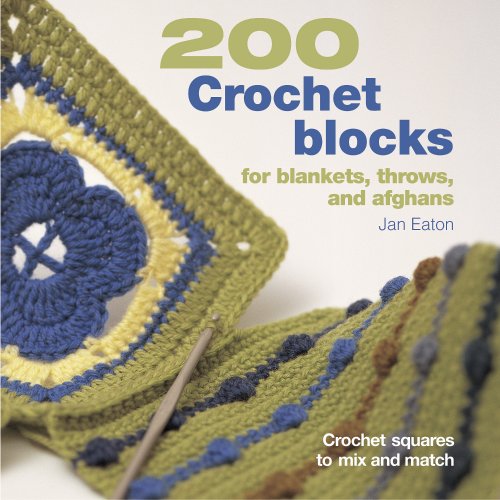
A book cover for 200 Crochet Blocks for Blankets, Throws, and Afghans: Crochet Squares to Mix and Match; Jan Eaton; Crafts, Hobbies & Home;